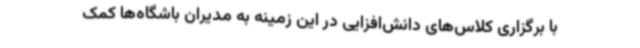
با برگزاری کلاس‌های دانش‌افزایی در این زمینه به مدیران باشگاه‌ها کمک